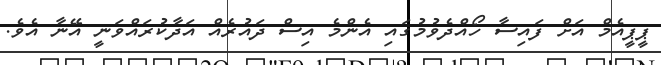
ޕީޕީއެމް އަށް ފައިސާ ހޯއްދެވުމުގައި އެންމެ އިސް ދައުރެއް އަދާކުރައްވަނީ އޭނާ އެވެ.